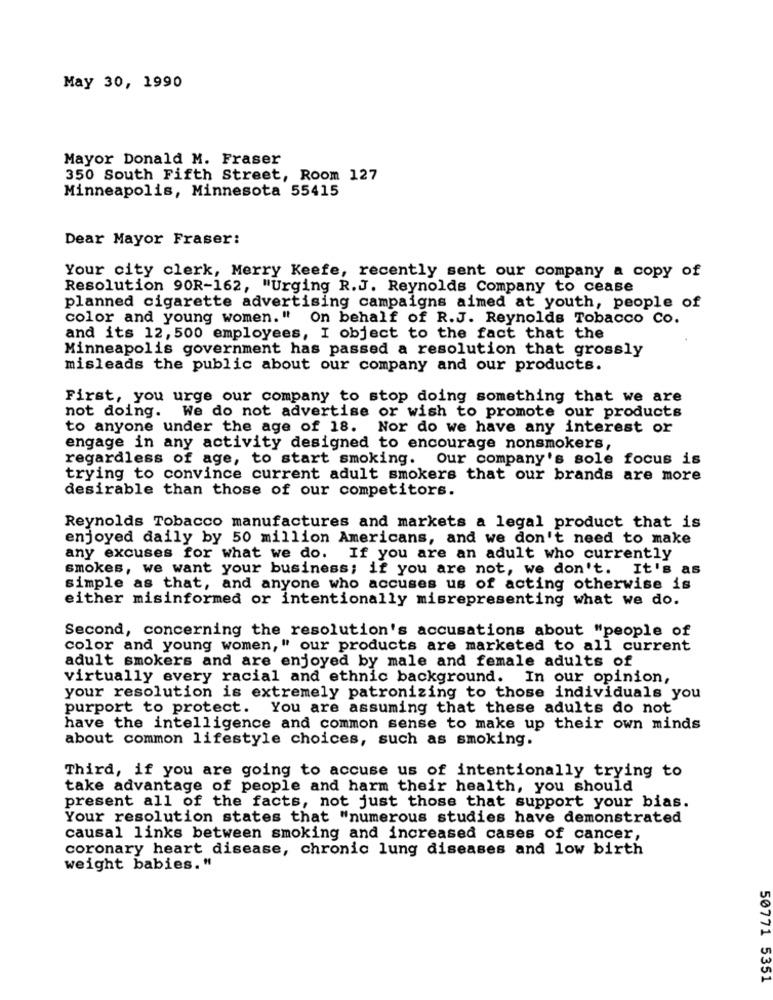
May 30, 1990
Mayor Donald M. Fraser
350 South Fifth Street, Room 127
Minneapolis, Minnesota 55415
Dear Mayor Fraser:
Your city clerk, Merry Keefe, recently sent our company a copy of
Resolution 90R-162, "Urging R.J. Reynolds Company to cease
planned cigarette advertising campaigns aimed at youth, people of
color and young women. " On behalf of R.J. Reynolds Tobacco Co.
and its 12, 500 employees, I object to the fact that the
Minneapolis government has passed a resolution that grossly
misleads the public about our company and our products.
First, you urge our company to stop doing something that we are
not doing. We do not advertise or wish to promote our products
to anyone under the age of 18. Nor do we have any interest or
engage in any activity designed to encourage nonsmokers,
regardless of age, to start smoking. Our company's sole focus is
trying to convince current adult smokers that our brands are more
desirable than those of our competitors.
Reynolds Tobacco manufactures and markets a legal product that is
enjoyed daily by 50 million Americans, and we don't need to make
any excuses for what we do. If you are an adult who currently
smokes, we want your business; if you are not, we don't. It's as
simple as that, and anyone who accuses us of acting otherwise is
either misinformed or intentionally misrepresenting what we do.
Second, concerning the resolution's accusations about "people of
color and young women," our products are marketed to all current
adult smokers and are enjoyed by male and female adults of
virtually every racial and ethnic background. In our opinion,
your resolution is extremely patronizing to those individuals you
purport to protect. You are assuming that these adults do not
have the intelligence and common sense to make up their own minds
about common lifestyle choices, such as smoking.
Third, if you are going to accuse us of intentionally trying to
take advantage of people and harm their health, you should
present all of the facts, not just those that support your bias.
Your resolution states that "numerous studies have demonstrated
causal links between smoking and increased cases of cancer,
coronary heart disease, chronic lung diseases and low birth
weight babies."
50771 5351